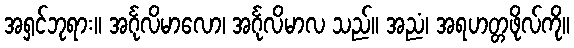
အရှင်ဘုရား။ အင်္ဂုလိမာလော၊ အင်္ဂုလိမာလ သည်။ အညံ၊ အရဟတ္တဖိုလ်ကို။